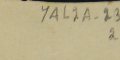
YAL2A-23 2